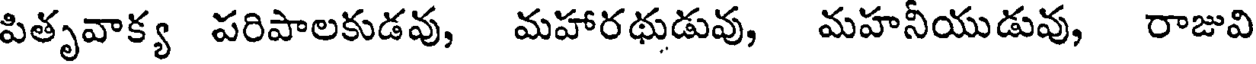
పితృవాక్య పరిపాలకుడవు, మహారథుడువు, మహనీయుడువు, రాజువి